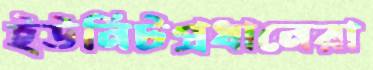
ইউনিটপ্রধানেরা